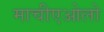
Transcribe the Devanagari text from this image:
माचीएओलो